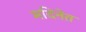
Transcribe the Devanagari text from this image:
मदिनेत